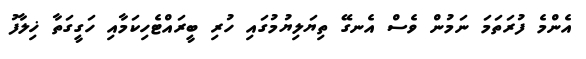
އެންމެ ފުރަތަމަ ނަމުން ވެސް އެނގޭ ތިޔަލިޔުމުގައި ހުރި ބީރައްޓެހިކަމާއި ހަގީގަތާ ޚިލާފު